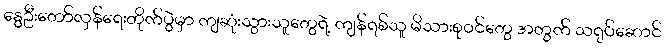
နွေဦးတော်လှန်ရေးတိုက်ပွဲမှာ ကျဆုံးသွားသူတွေရဲ့ ကျန်ရစ်သူ မိသားစုဝင်တွေ အတွက် သရုပ်ဆောင်